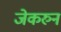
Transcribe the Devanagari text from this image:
जेकरुन